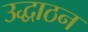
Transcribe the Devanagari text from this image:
उद्धाठन